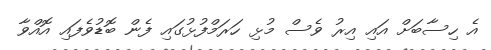
އެ ހިސާބަށް އައި އިރު ވެސް މުޅި ހަރަމްފުޅުގައި ފެން ބޮޑުވެފައި އޮއްވާ